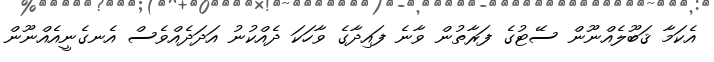
އެކަމާ ޤަބޫލެއްނޫން ސޭޓުގެ ފަރާތުން ވާނެ ފައިދާގެ ވާހަކަ ދެއްކުނު އަދަދެއްވެސް އެނގެނީއެއްނޫން